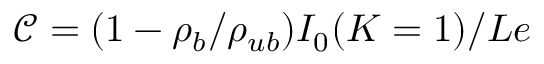
\mathcal { C } = ( 1 - \rho _ { b } / \rho _ { u b } ) I _ { 0 } ( K = 1 ) / L e